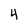
Character: 4